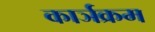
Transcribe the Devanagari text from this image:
कार्ञक्रम